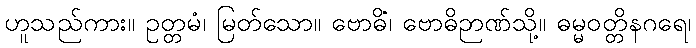
ဟူသည်ကား။ ဥတ္တမံ၊ မြတ်သော။ ဗောဓိံ၊ ဗောဓိဉာဏ်သို့။ ဓမ္မဝတ္တိနဂရေ၊